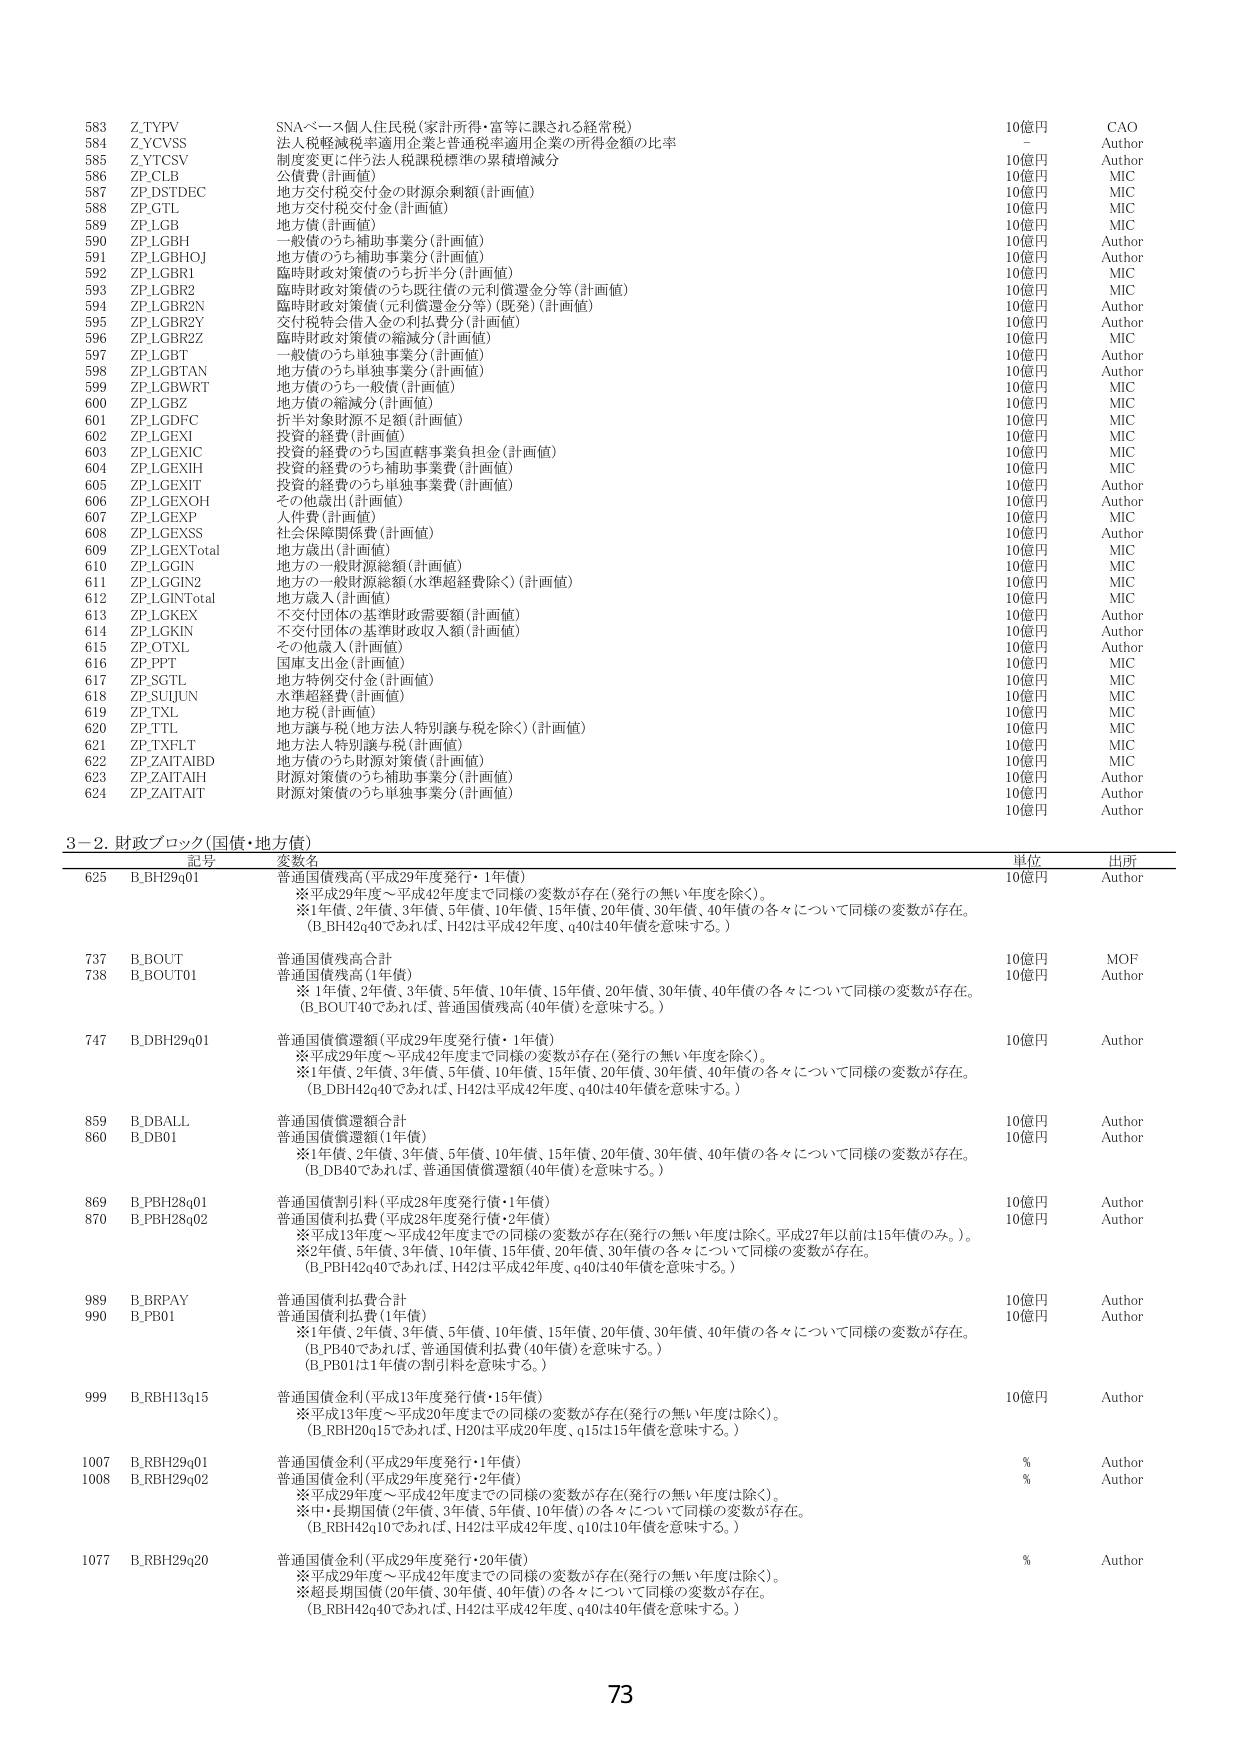
583 Z.TYTV SNAベース個人住民税（家計所得・富等に課される経常税） 10億円 CAO
584 Z.YCVSS 法人税軽減税率適用企業と普通税率適用企業の所得金額の比率 - Author
585 Z.YTCSV 制度変更に伴う法人税課税標準の累積増減分 10億円 Author
586 ZP.CLB 公債費（計画値） 10億円 MIC
587 ZP.DSTDEC 地方交付税交付金の財源余剰額（計画値） 10億円 MIC
588 ZP.GTL 地方交付税交付金（計画値） 10億円 MIC
589 ZP.LGB 地方債（計画値） 10億円 MIC
590 ZP.LGBH 一般債のうち補助事業分（計画値） 10億円 Author
591 ZP.LGBHOJ 地方債のうち補助事業分（計画値） 10億円 Author
592 ZP.LGBRI 臨時財政対策債のうち折半分（計画値） 10億円 MIC
593 ZP.LGBR2 臨時財政対策債のうち既往債の元利償還金分等（計画値） 10億円 MIC
594 ZP.LGBR2N 臨時財政対策債（元利償還金分等）（計画値） 10億円 Author
595 ZP.LGBR2Y 交付税将会借入金の利払費分（計画値） 10億円 Author
596 ZP.LGBR2Z 臨時財政対策債の縮減分（計画値） 10億円 MIC
597 ZP.LGBT 一般債のうち単独事業分（計画値） 10億円 Author
598 ZP.LGBTAN 地方債のうち単独事業分（計画値） 10億円 Author
599 ZP.LGBWRT 地方債のうち一般債（計画値） 10億円 MIC
600 ZP.LGBZ 地方債の縮減分（計画値） 10億円 MIC
601 ZP.LGDFC 折半対象財源不足額（計画値） 10億円 MIC
602 ZP.LGEXI 投資的経費（計画値） 10億円 MIC
603 ZP.LGEXIC 投資的経費のうち国直轄事業負担金（計画値） 10億円 MIC
604 ZP.LGEXIH 投資的経費のうち補助事業費（計画値） 10億円 MIC
605 ZP.LGEXIT 投資的経費のうち単独事業費（計画値） 10億円 Author
606 ZP.LGEXOH その他歳出（計画値） 10億円 Author
607 ZP.LGEXP 人件費（計画値） 10億円 MIC
608 ZP.LGEXSS 社会保障関係費（計画値） 10億円 Author
609 ZP.LGEXTotal 地方歳出（計画値） 10億円 MIC
610 ZP.LGGIN 地方の一般財源総額（計画値） 10億円 MIC
611 ZP.LGGIN2 地方の一般財源総額（水準超経費除く）（計画値） 10億円 MIC
612 ZP.LGINTotal 地方歳入（計画値） 10億円 MIC
613 ZP.LGKEX 不交付団体の基準財政需要額（計画値） 10億円 Author
614 ZP.LGKIN 不交付団体の基準財政収入額（計画値） 10億円 Author
615 ZP.OTXL その他歳入（計画値） 10億円 Author
616 ZP.PPT 国庫支出金（計画値） 10億円 MIC
617 ZP.SGTL 地方特例交付金（計画値） 10億円 MIC
618 ZP.SUJUN 水準超経費（計画値） 10億円 MIC
619 ZP.TXL 地方税（計画値） 10億円 MIC
620 ZP.TTL 地方譲与税（地方法人特別譲与税を除く）（計画値） 10億円 MIC
621 ZP.TXFLT 地方法人特別譲与税（計画値） 10億円 MIC
622 ZP.ZAITABD 地方債のうち財源対策債（計画値） 10億円 MIC
623 ZP.ZAITAH 財源対策債のうち補助事業分（計画値） 10億円 Author
624 ZP.ZAITAT 財源対策債のうち単独事業分（計画値） 10億円 Author

3－2．財政ブロック（国債・地方債）
記号 変数名 単位 出所
625 B.BH29q01 普通国債残高（平成29年度発行・1年債） 10億円 Author
　　※平成29年度～平成42年度まで同様の変数が存在（発行の無い年度を除く）。
　　※1年債、2年債、3年債、5年債、10年債、15年債、20年債、30年債、40年債の各々について同様の変数が存在。
　　（B.BH42q40であれば、H42は平成42年度、q40は40年債を意味する。）
737 B.BOUT 普通国債残高合計 10億円 MOF
738 B.BOUT01 普通国債残高（1年債） 10億円 Author
　　※1年債、2年債、3年債、5年債、10年債、15年債、20年債、30年債、40年債の各々について同様の変数が存在。
　　（B.BOUT40であれば、普通国債残高（40年債）を意味する。）
747 B.DBH29q01 普通国債償還額（平成29年度発行債・1年債） 10億円 Author
　　※平成29年度～平成42年度まで同様の変数が存在（発行の無い年度を除く）。
　　※1年債、2年債、3年債、5年債、10年債、15年債、20年債、30年債、40年債の各々について同様の変数が存在。
　　（B.DBH42q40であれば、H42は平成42年度、q40は40年債を意味する。）
859 B.DBALL 普通国債償還額合計 10億円 Author
860 B.DB01 普通国債償還額（1年債） 10億円 Author
　　※1年債、2年債、3年債、5年債、10年債、15年債、20年債、30年債、40年債の各々について同様の変数が存在。
　　（B.DB40であれば、普通国債償還額（40年債）を意味する。）
869 B.PBH28q01 普通国債割引料（平成28年度発行債・1年債） 10億円 Author
870 B.PBH28q02 普通国債利払費（平成28年度発行債・2年債） 10億円 Author
　　※平成13年度～平成42年度までの同様の変数が存在（発行の無い年度は除く。平成27年以前は15年債のみ。）。
　　※2年債、5年債、3年債、10年債、15年債、20年債、30年債の各々について同様の変数が存在。
　　（B.PBH42q40であれば、H42は平成42年度、q40は40年債を意味する。）
989 B.BRPAY 普通国債利払費合計 10億円 Author
990 B.PB01 普通国債利払費（1年債） 10億円 Author
　　※1年債、2年債、3年債、5年債、10年債、15年債、20年債、30年債、40年債の各々について同様の変数が存在。
　　（B.PB40であれば、普通国債利払費（40年債）を意味する。）
　　（B.PB01は1年債の割引料を意味する。）
999 B.RBH13q15 普通国債金利（平成13年度発行債・15年債） 10億円 Author
　　※平成13年度～平成20年度までの同様の変数が存在（発行の無い年度は除く）。
　　（B.RBH20q15であれば、H20は平成20年度、q15は15年債を意味する。）
1007 B.RBH29q01 普通国債金利（平成29年度発行・1年債） % Author
1008 B.RBH29q02 普通国債金利（平成29年度発行・2年債） % Author
　　※平成29年度～平成42年度までの同様の変数が存在（発行の無い年度は除く）。
　　※中・長期国債（2年債、3年債、5年債、10年債）の各々について同様の変数が存在。
　　（B.RBH42q10であれば、H42は平成42年度、q10は10年債を意味する。）
1077 B.RBH29q20 普通国債金利（平成29年度発行・20年債） % Author
　　※平成29年度～平成42年度までの同様の変数が存在（発行の無い年度は除く）。
　　※超長期国債（20年債、30年債、40年債）の各々について同様の変数が存在。
　　（B.RBH42q40であれば、H42は平成42年度、q40は40年債を意味する。）

73